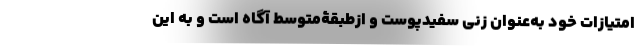
امتیازات خود به‌عنوان زنی سفیدپوست و ازطبقۀمتوسط آگاه است و به این